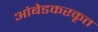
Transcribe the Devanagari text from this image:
आंबेडकरकृत